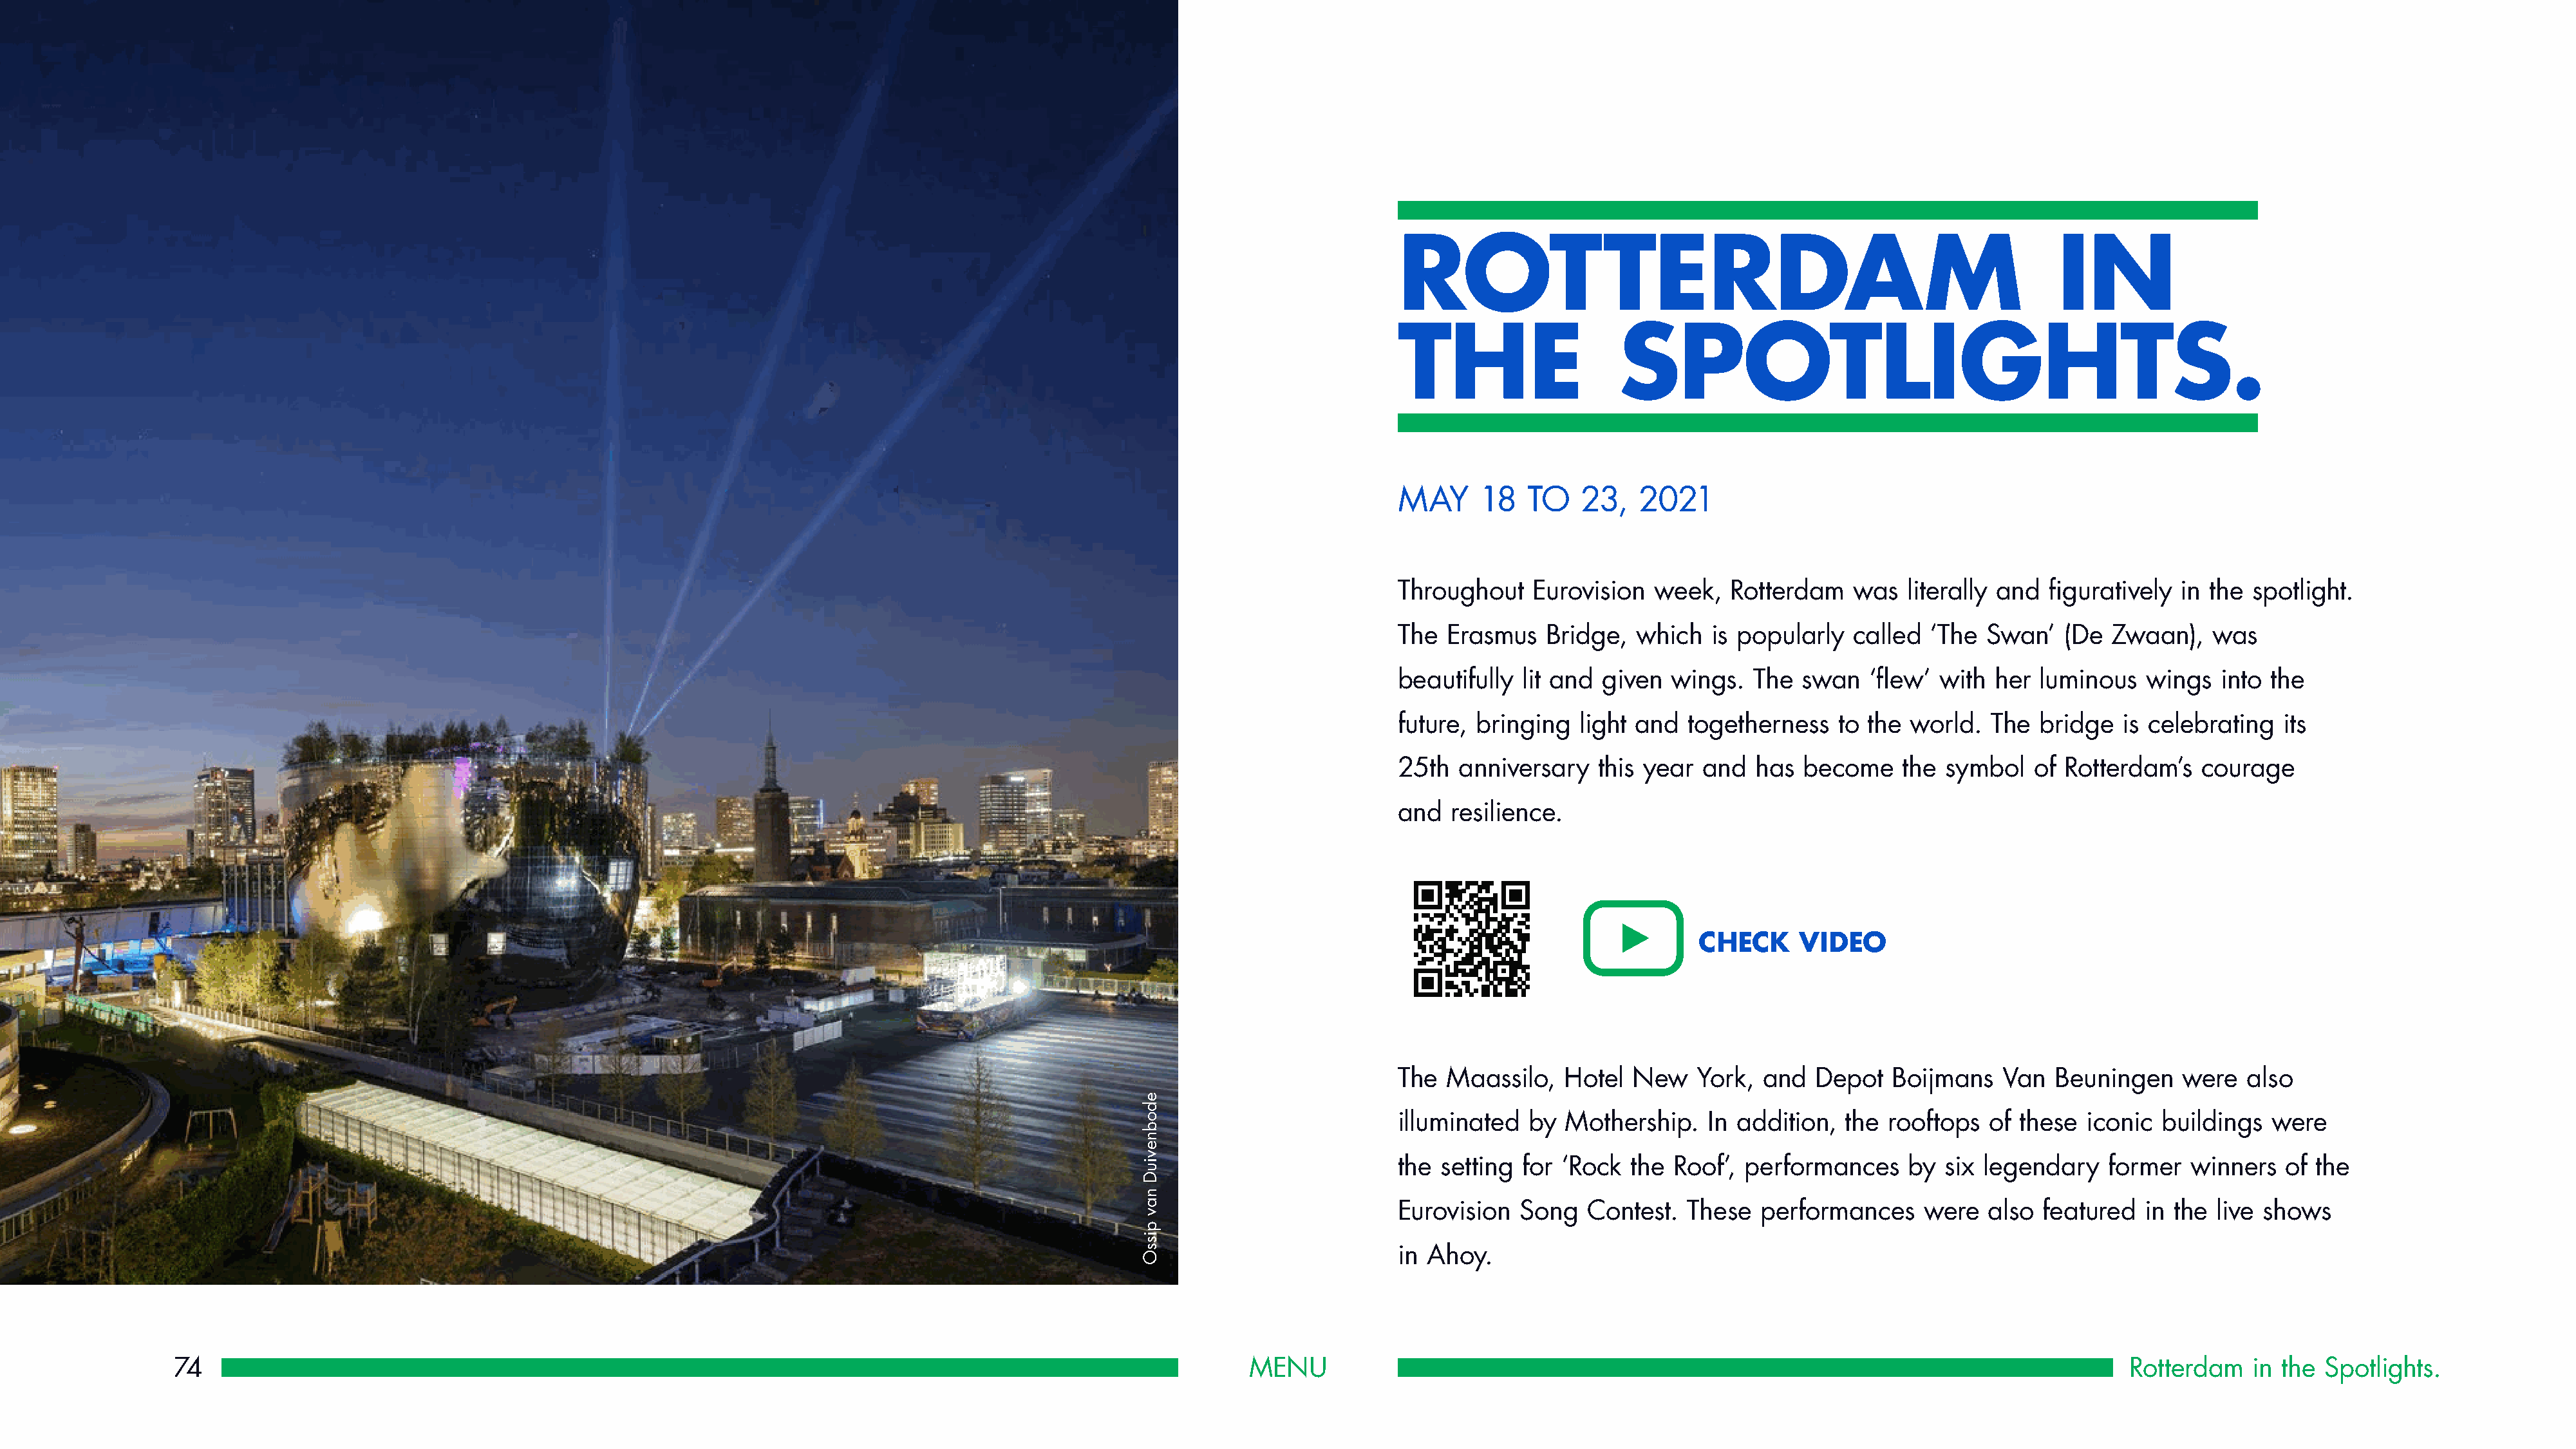
ROTTERDAM                                                          IN
 THE                   SPOTLIGHTS.
 MAY     18   TO   23,   2021
 Throughout    Eurovision  week,   Rotterdam    was  literally and  figuratively in the  spotlight.
 The  Erasmus   Bridge,  which   is popularly   called ‘The  Swan’   (De  Zwaan),   was
 beautifully  lit and given  wings.  The  swan   ‘flew’ with  her  luminous   wings  into the
 future, bringing  light and   togetherness   to the world.   The  bridge  is celebrating   its
 25th  anniversary   this year  and  has  become     the symbol   of Rotterdam’s   courage
 and  resilience.
 CHECK     VIDEO
 The  Maassilo,   Hotel  New   York,  and   Depot   Boijmans   Van  Beuningen    were   also
 illuminated  by  Mothership.    In addition,  the rooftops  of  these iconic  buildings   were
 the setting for  ‘Rock  the Roof’, performances     by  six legendary    former  winners   of the
 Eurovision  Song   Contest.  These   performances     were  also  featured   in the live shows
 in Ahoy.
 74                                                                                                            MENU                                                                                       Rotterdam    in the Spotlights.
 edobneviuD
 nav
 pissO